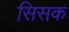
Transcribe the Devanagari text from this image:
सिसक